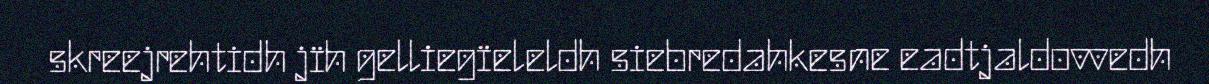
skreejrehtidh jïh gelliegïeleldh siebredahkesne eadtjaldovvedh